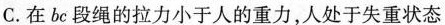
C.在bc段绳的拉力小于人的重力，人处于失重状态